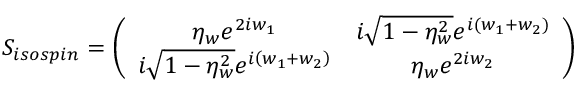
S _ { i s o s p i n } = \left( \begin{array} { c c } { { \eta _ { w } e ^ { 2 i w _ { 1 } } } } & { { i \sqrt { 1 - \eta _ { w } ^ { 2 } } e ^ { i \left( w _ { 1 } + w _ { 2 } \right) } } } \\ { { i \sqrt { 1 - \eta _ { w } ^ { 2 } } e ^ { i \left( w _ { 1 } + w _ { 2 } \right) } } } & { { \eta _ { w } e ^ { 2 i w _ { 2 } } } } \end{array} \right)